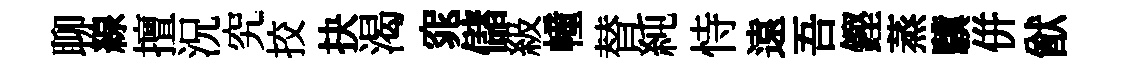
聊線擅況究挍抉渴窕儲級幢替純恃遠吾鏗蒸驥併猷